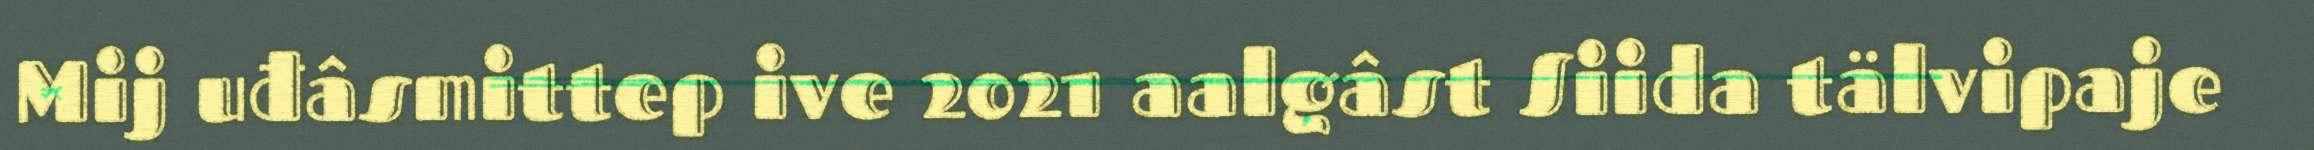
Mij uđâsmittep ive 2021 aalgâst Siida tälvipaje